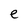
Character: e